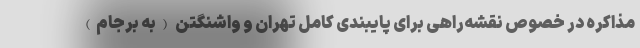
مذاکره در خصوص نقشه‌راهی برای پایبندی کامل تهران و واشنگتن (به برجام)